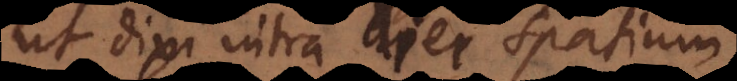
ut dixi intra diei spatium